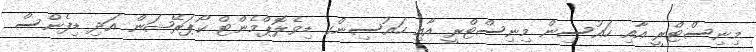
މިނިސްޓްރީ އާއި ހައުސިން މިނިސްޓްރީ އާއި ހައުސިންގ ޑިވެލޮޕްމެންޓް ކޯޕަރޭޝަން އަދި ޑިފެންސް